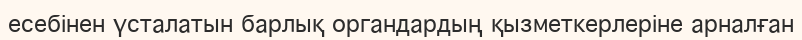
есебінен үсталатын барлық органдардың қызметкерлеріне арналған